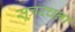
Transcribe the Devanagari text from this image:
सूत्ररचना